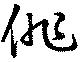
俳